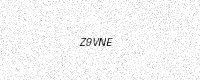
Text: Z9VNE